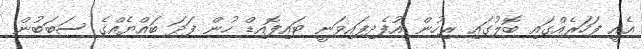
އެއީ ފަހަރެއްގައި ބޮލުގައި ރިހުން އުފެދިފައިވަނީ ޓައިފޮއިޑް ހުން ފަދަ ބައްޔެއްގެ ސަބަބުން